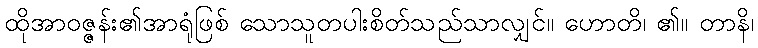
ထိုအာဝဇ္ဇန်း၏အာရုံဖြစ် သောသူတပါးစိတ်သည်သာလျှင်။ ဟောတိ၊ ၏။ တာနိ၊